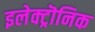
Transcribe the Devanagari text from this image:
इलेक्ट्रॊनिक